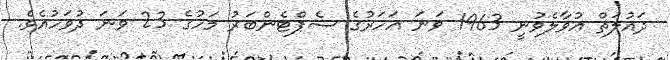
ދައުލަތް އުވާލެވުނީ 1963 ވަނަ އަހަރުގެ ސެޕްޓެންބަރު މަހުގެ 23 ވަނަ ދުވަހުއެވެ.